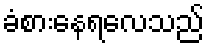
ခံစားနေရလေသည်